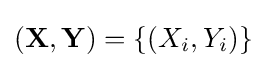
(\mathbf {X} ,\mathbf {Y} )=\{(X_{i},Y_{i})\}